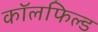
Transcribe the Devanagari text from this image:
कॉलफिल्ड